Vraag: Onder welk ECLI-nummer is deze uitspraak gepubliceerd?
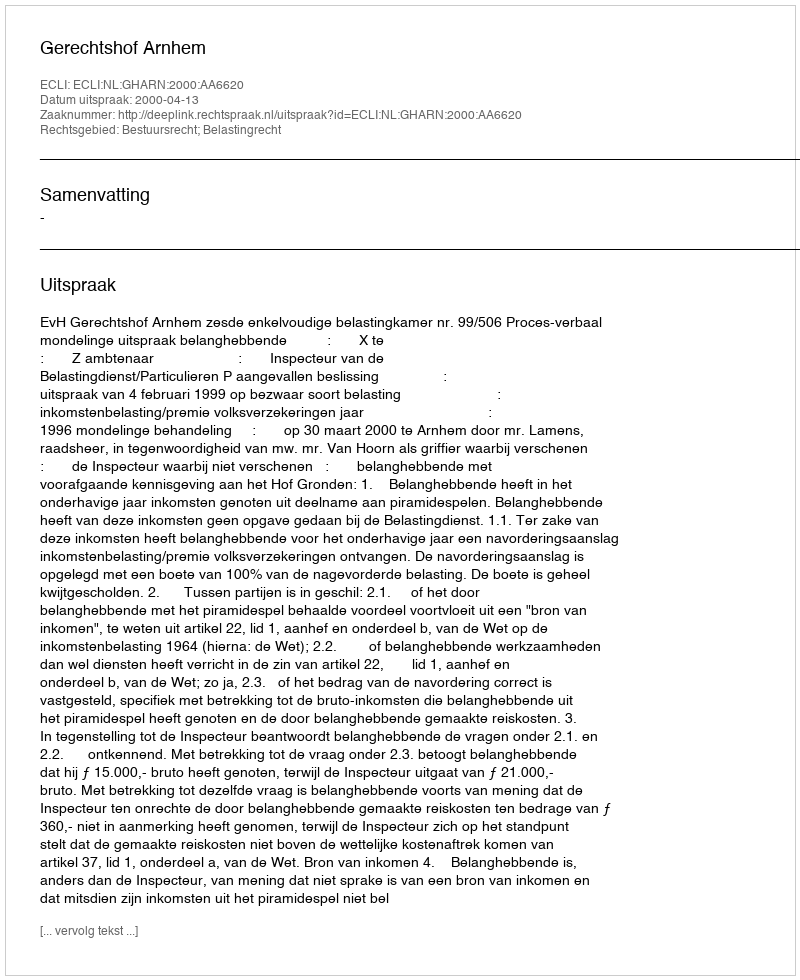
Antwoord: ECLI:NL:GHARN:2000:AA6620